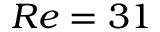
R e = 3 1